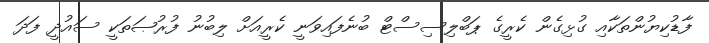
ފާޑުކިޔުންތަކާއި ގުޅިގެން ކެރީގެ ޕަބްލިސިސްޓް ބުނެފައިވަނީ ކެރީއަށް ލިބުނު ފުރުޞަތަކީ ސައުދީ ފަދަ